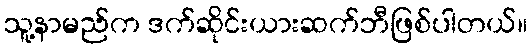
သူ့နာမည်က ဒက်ဆိုင်းယားဆက်ဘီဖြစ်ပါတယ်။